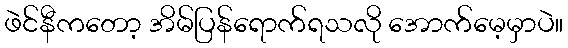
ဖဲင်နီကတော့ အိမ်ပြန်ရောက်ရသလို အောက်မေ့မှာပဲ။